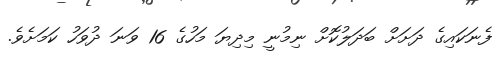
ފެނަކައިގެ ދަށަށް ބަދަލުކޮށް ނިމުނީ މިދިޔަ މަހުގެ 16 ވަނަ ދުވަހު ކަމަށެވެ.